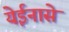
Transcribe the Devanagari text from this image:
येईनासे